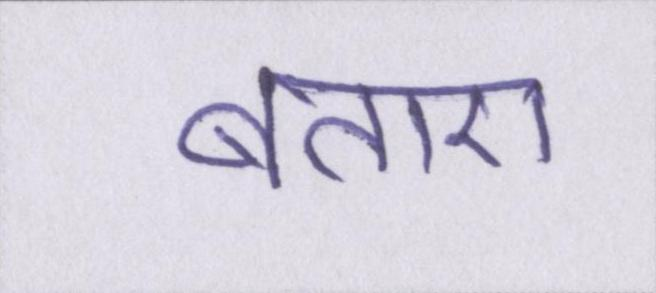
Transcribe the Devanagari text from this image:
बताए